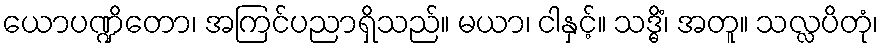
ယောပဏ္ဍိတော၊ အကြင်ပညာရှိသည်။ မယာ၊ ငါနှင့်။ သဒ္ဓိံ၊ အတူ။ သလ္လပိတုံ၊